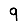
Digit: 9